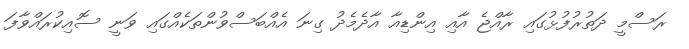
ރަސްމީ ދަތުރުފުޅުގައި ރާއްޖެ އާއި އިންޑިއާ އާދެމެދު ގިނަ އެއްބަސްވުންތަކެއްގައި ވަނީ ސޮއިކުރައްވާފަ